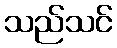
သည်သင်